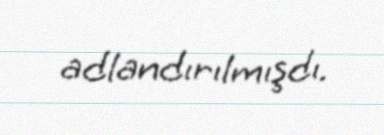
adlandırılmışdı.